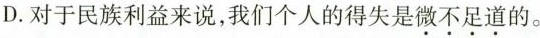
D.对于民族利益来说，我们个人的得失是微不足道的。